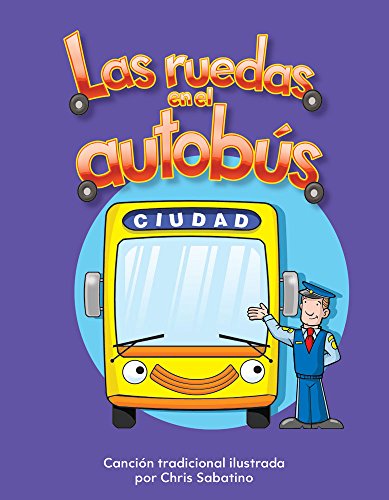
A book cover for Las ruedas en el autobÃºs (The Wheels on the Bus) (Literacy, Language, & Learning) (Spanish Edition); Chris Sabatino; Children's Books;